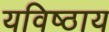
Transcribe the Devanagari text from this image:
यविष्ठाय